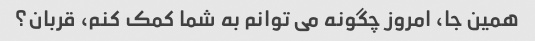
همین جا، امروز چگونه می توانم به شما کمک کنم، قربان؟